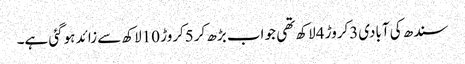
سندھ کی آبادی3کروڑ 4لاکھ تھی جو اب بڑھ کر5کروڑ 10لاکھ سے زائد ہوگئی ہے۔